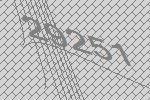
29251